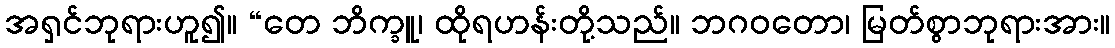
အရှင်ဘုရားဟူ၍။ “တေ ဘိက္ခူ၊ ထိုရဟန်းတို့သည်။ ဘဂဝတော၊ မြတ်စွာဘုရားအား။